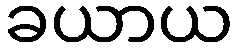
ခယာယ